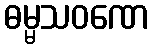
ဓမ္မသဝဏေ